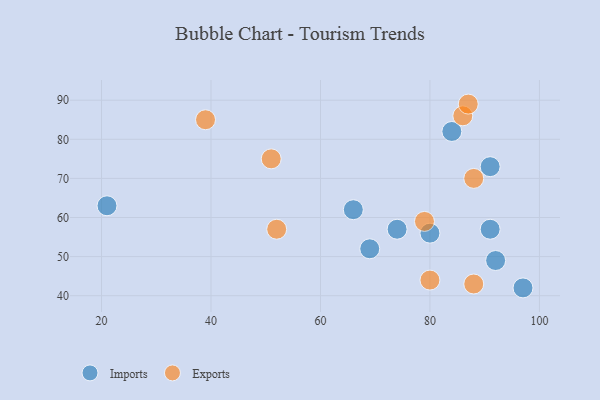
{"axis": {"x": "GDP", "y": "Life Expectancy"}, "legend": ["Exports", "Imports"], "data": [{"x": "66", "y": 62, "type": "Imports"}, {"x": "92", "y": 49, "type": "Imports"}, {"x": "97", "y": 42, "type": "Imports"}, {"x": "21", "y": 63, "type": "Imports"}, {"x": "91", "y": 57, "type": "Imports"}, {"x": "80", "y": 56, "type": "Imports"}, {"x": "74", "y": 57, "type": "Imports"}, {"x": "84", "y": 82, "type": "Imports"}, {"x": "69", "y": 52, "type": "Imports"}, {"x": "91", "y": 73, "type": "Imports"}, {"x": "88", "y": 43, "type": "Exports"}, {"x": "88", "y": 70, "type": "Exports"}, {"x": "52", "y": 57, "type": "Exports"}, {"x": "79", "y": 59, "type": "Exports"}, {"x": "51", "y": 75, "type": "Exports"}, {"x": "86", "y": 86, "type": "Exports"}, {"x": "87", "y": 89, "type": "Exports"}, {"x": "80", "y": 44, "type": "Exports"}, {"x": "39", "y": 85, "type": "Exports"}]}